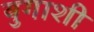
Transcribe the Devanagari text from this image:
युगाशी